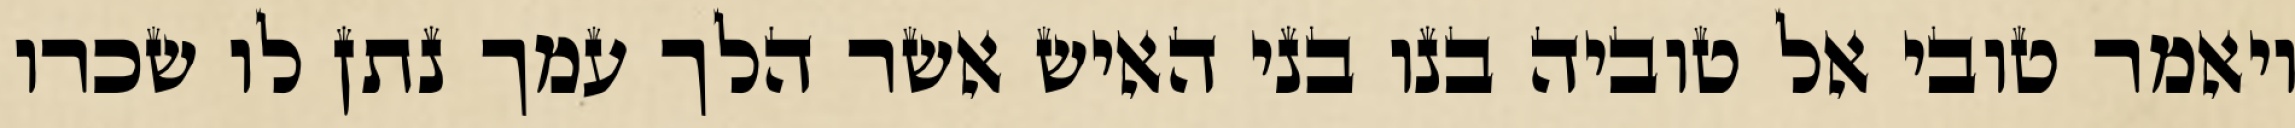
ויאמר טובי אל טוביה בנו בני האיש אשר הלך עמך נתן לו שכרו